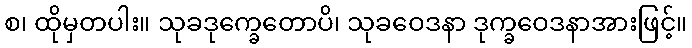
စ၊ ထိုမှတပါး။ သုခဒုက္ခေတောပိ၊ သုခဝေဒနာ ဒုက္ခဝေဒနာအားဖြင့်။